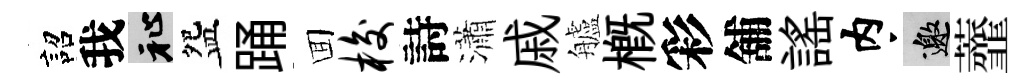
詔我祉盌踊囬梭詩瀟戚艫槪彩舖謡内邀虀